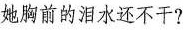
她胸前的泪水还不干?